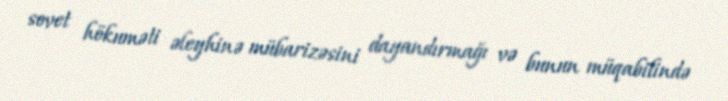
sovet hökuməti əleyhinə mübarizəsini dayandırmağı və bunun müqabilində